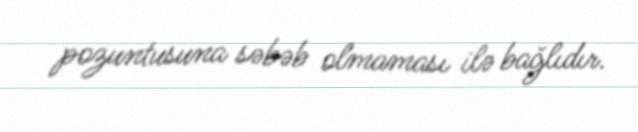
pozuntusuna səbəb olmaması ilə bağlıdır.